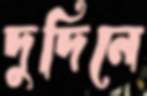
দুদিনে